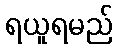
ရယူရမည်